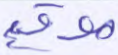
موقع